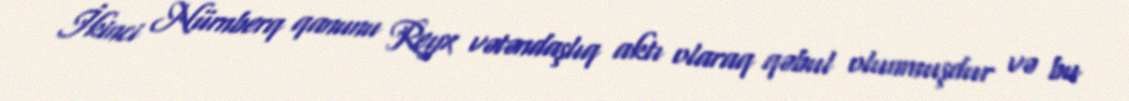
İkinci Nürnberq qanunu Reyx vətəndaşlıq aktı olaraq qəbul olunmuşdur və bu